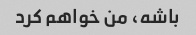
باشه، من خواهم کرد